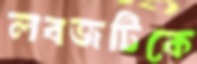
লবজটিকে